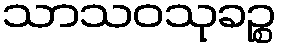
သာသဝသုခဉ္စ